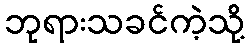
ဘုရားသခင်ကဲ့သို့